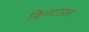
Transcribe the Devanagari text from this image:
किनटायर